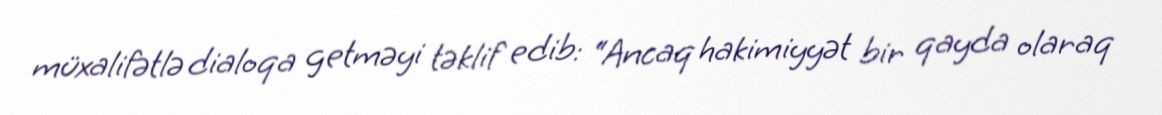
müxalifətlə dialoqa getməyi təklif edib: “Ancaq hakimiyyət bir qayda olaraq